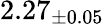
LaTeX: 2.27_{\pm 0.05}